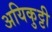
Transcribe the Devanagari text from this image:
अयिकुट्टी